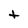
Character: t